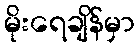
မိုးရေချိန်မှာ